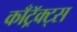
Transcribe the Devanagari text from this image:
काँट्रॅक्ट्स